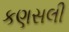
કણસલી